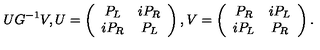
U G ^ { - 1 } V , U = \left( \begin{array} { c c } { P _ { L } } & { i P _ { R } } \\ { i P _ { R } } & { P _ { L } } \\ \end{array} \right) , V = \left( \begin{array} { c c } { P _ { R } } & { i P _ { L } } \\ { i P _ { L } } & { P _ { R } } \\ \end{array} \right) .